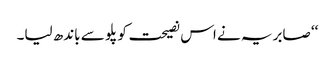
‘‘ صابریہ نے اس نصیحت کو پلو سے باندھ لیا۔